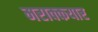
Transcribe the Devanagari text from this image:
मराक्कयार